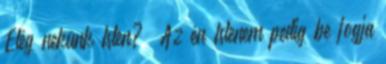
Elég nekünk Isten? „Az én Istenem pedig be fogja